Papers set at the Examination for Leaving Certificates, 1891
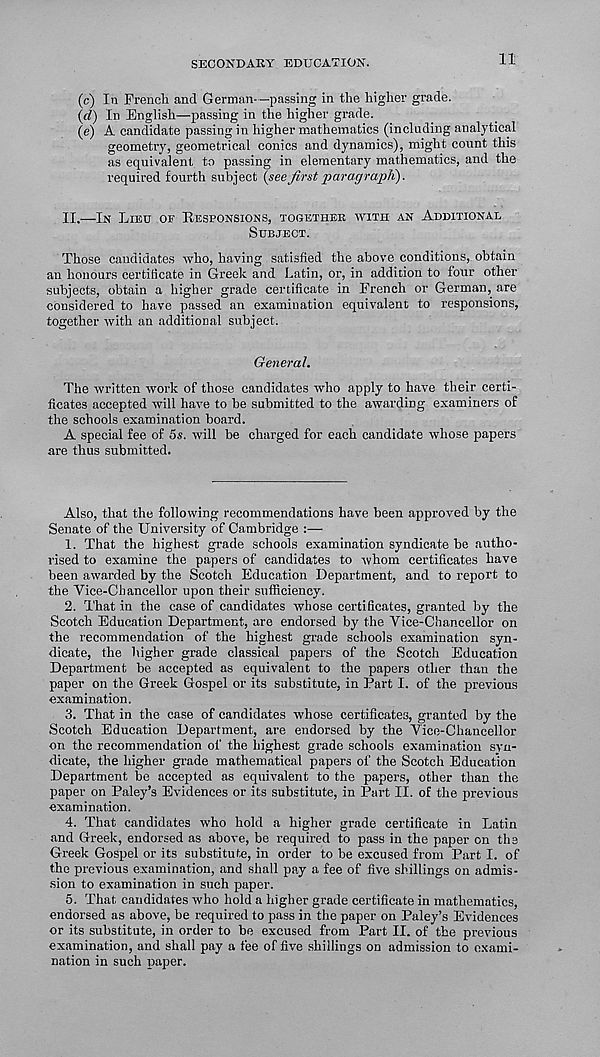
SECONDARY EDUCATION.
11
(c) In French and German—passing in the higher grade.
(d) In English—passing in the higher grade.
(e) A candidate passing in higher mathematics (including analytical
geometry, geometrical conics and dynamics), might count this
as equivalent to passing in elementary mathematics, and the
required fourth subject (see first paragraph).
II.—IN LIEU OF E/ESPONSIONS, TOGETHER WITH AN ADDITIONAL
SUBJECT.
Those candidates who, having satisfied the above conditions, obtain
an honours certificate in Greek and Latin, or, in addition to four other
subjects, obtain a higher grade certificate in French or German, are-
considered to have passed an examination equivalent to responsions,
together with an additional subject.
General.
The written work of those candidates who apply to have their certi-
ficates accepted will have to be submitted to the awarding examiners of
the schools examination board.
A special fee of 5s. will be charged for each candidate whose papers
are thus submitted.
Also, that the following recommendations have been approved by the
Senate of the University of Cambridge :—
1. That the highest grade schools examination syndicate be autho-
rised to examine the papers of candidates to whom certificates have
been awarded by the Scotch Education Department, and to report to
the Vice-Chancellor upon their sufficiency.
2. That in the case of candidates whose certificates, granted by the
Scotch Education Department, are endorsed by the Vice-Chancellor on
the recommendation of the highest grade schools examination syn-
dicate, the higher grade classical papers of the Scotch Education
Department be accepted as equivalent to the papers other than the
paper on the Greek Gospel or its substitute, in Part I. of the previous
examination.
3. That in the case of candidates whose certificates, granted by the
Scotch Education Department, are endorsed by the Vice-Chancellor
on the recommendation of the highest grade schools examination syn-
dicate, the higher grade mathematical papers of the Scotch Education
Department be accepted as equivalent to the papers, other than the
paper on Paley’s Evidences or its substitute, in Part II. of the previous
examination.
4. That candidates who hold a higher grade certificate in Latin
and Greek, endorsed as above, be required to pass in the paper on the
Greek Gospel or its substitute, in order to be excused from Part I. of
the previous examination, and shall pay a fee of five shillings on admis-
sion to examination in such paper.
5. That candidates who hold a higher grade certificate in mathematics,
endorsed as above, be required to pass in the paper on Paley’s Evidences
or its substitute, in order to be excused from Part II. of the previous
examination, and shall pay a fee of five shillings on admission to exami-
nation in such paper.